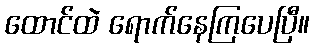
ထောင်ထဲ ရောက်နေကြပေပြီ။